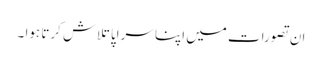
ان تصورات میں اپنا سراپا تلاش کرتا ہوا ۔